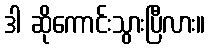
ဒါ ဆိုကောင်းသွားပြီလား။